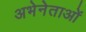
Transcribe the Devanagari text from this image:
अभेनेताओं